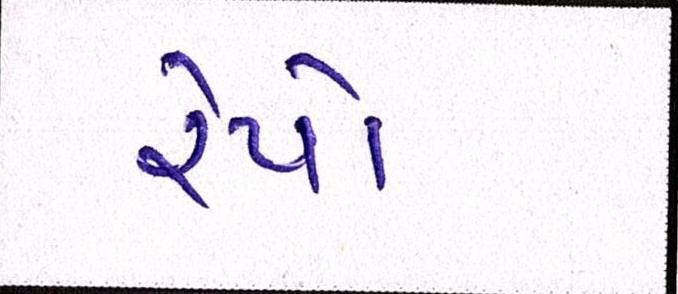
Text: રેપો